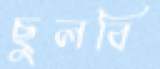
ছুলবি